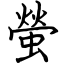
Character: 螢